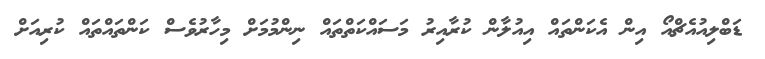
ޑަބްލިއުއެޗްއޯ އިން އެކަންތައް އިއުލާން ކުރާއިރު މަސައްކަތްތައް ނިންމުމަށް މިހާރުވެސް ކަންތައްތައް ކުރިއަށް